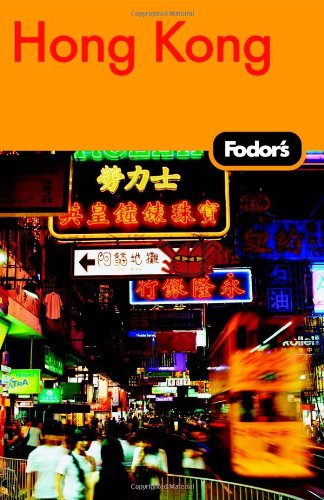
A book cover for Fodor's Hong Kong, 20th Edition: With Macau and the South China Cities (Fodor's Gold Guides); Fodor's; Travel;